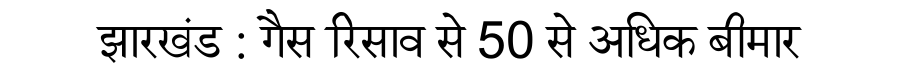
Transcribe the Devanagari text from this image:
झारखंड : गैस रिसाव से 50 से अधिक बीमार